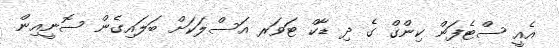
އެއީ ސްޓެފަން ކިންގް ގެ ދި ޑާކް ޓަވަރ އަސްލަކަށް ބަލައިގެން ސޮނީއިން